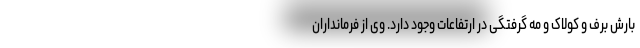
بارش برف و کولاک و مه گرفتگی در ارتفاعات وجود دارد. وی از فرمانداران